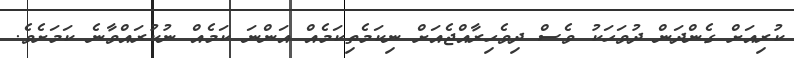
ކުރިއަށް ގެންދަން ދުވަހަކު ވެސް ދިވެހިރާއްޖެއަށް ނިކަމެތިކަމެއް އަންނަ ކަމެއް ނުކުރައްވާނެ ކަމަށެވެ.